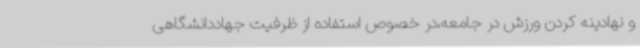
و نهادینه کردن ورزش در جامعه،در خصوص استفاده از ظرفیت جهاددانشگاهی